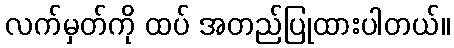
လက်မှတ်ကို ထပ် အတည်ပြုထားပါတယ်။